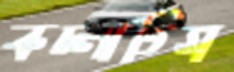
কচ্‌লাতিস